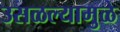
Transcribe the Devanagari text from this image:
उसळल्यामुळे